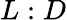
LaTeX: L:D